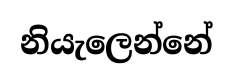
නියැලෙන්නේ